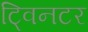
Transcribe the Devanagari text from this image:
ट्विनटर